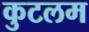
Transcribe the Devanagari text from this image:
कुटलम